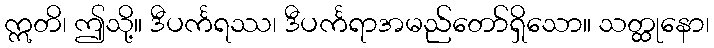
ဣတိ၊ ဤသို့။ ဒီပင်္ကရဿ၊ ဒီပင်္ကရာအမည်တော်ရှိသော။ သတ္ထုနော၊